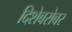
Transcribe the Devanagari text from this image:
दिशेबरोबर